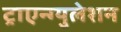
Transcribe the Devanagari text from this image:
ट्राएन्ग्युलेशन